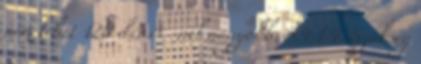
nem lehet 120 dB A -nél nagyobb. 5.4.1.4. Szükség